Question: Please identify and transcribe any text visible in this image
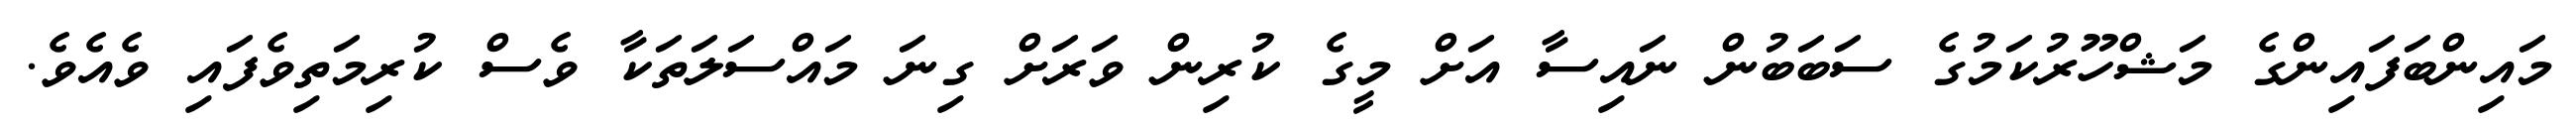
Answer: މައިންބަފައިންގެ މަޝްހޫރުކަމުގެ ސަބަބުން ނައިސާ އަށް މީގެ ކުރިން ވަރަށް ގިނަ މައްސަލަތަކާ ވެސް ކުރިމަތިވެފައި ވެއެވެ.